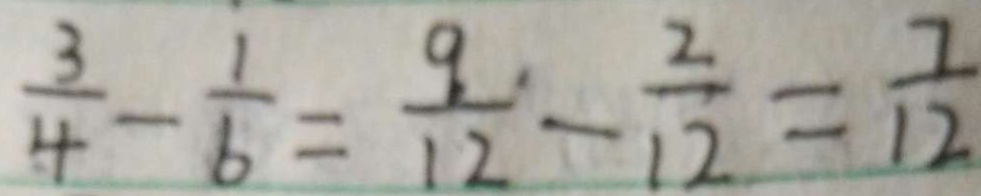
\frac { 3 } { 4 } - \frac { 1 } { 6 } = \frac { 9 } { 1 2 } - \frac { 2 } { 1 2 } = \frac { 7 } { 1 2 }